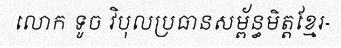
លោក ទូច វិបុលប្រធានសម្ព័ន្ធមិត្តខ្មែរ-